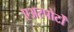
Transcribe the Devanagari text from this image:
एअरपोर्टों